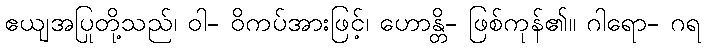
ဧယျအပြုတို့သည်၊ ဝါ- ဝိကပ်အားဖြင့်၊ ဟောန္တိ- ဖြစ်ကုန်၏။ ဂါရော- ဂရ